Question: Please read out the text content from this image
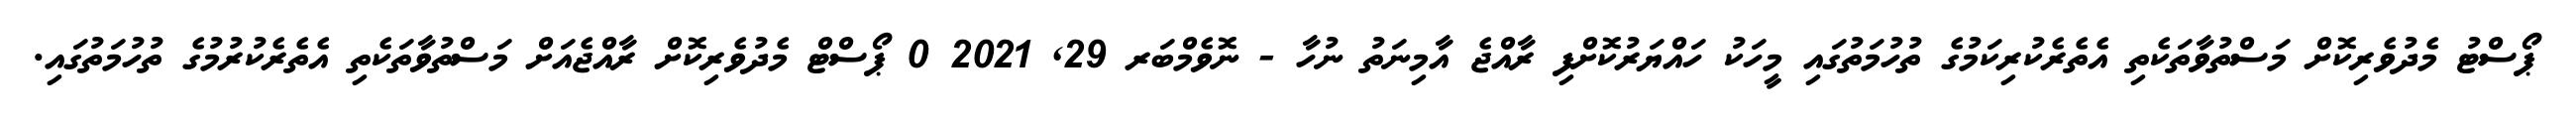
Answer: ޕޯސްޓު މެދުވެރިކޮށް މަސްތުވާތަކެތި އެތެރެކުރިކަމުގެ ތުހުމަތުގައި މީހަކު ހައްޔަރުކޮށްފި ރާއްޖެ އާމިނަތު ނުހާ - ނޮވެމްބަރ 29, 2021 0 ޕޯސްޓް މެދުވެރިކޮށް ރާއްޖެއަށް މަސްތުވާތަކެތި އެތެރެކުރުމުގެ ތުހުމަތުގައި.